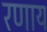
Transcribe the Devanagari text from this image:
रणाय